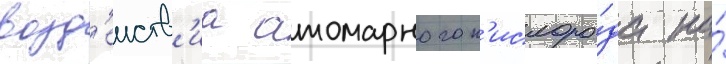
возд'еиств'иа атомарного к'ислоро́да на́